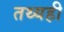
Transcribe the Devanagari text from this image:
तथ्यही